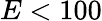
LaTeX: E<100